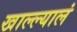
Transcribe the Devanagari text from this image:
खाल्ल्यालं